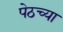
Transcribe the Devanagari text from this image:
पेठच्या